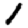
Digit: 1